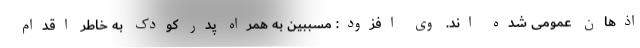
اذهان عمومی شده اند. وی افزود: مسببین به همراه پدر کودک به خاطر اقدام